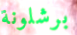
برشلونة